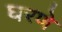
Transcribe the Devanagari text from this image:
घरणे